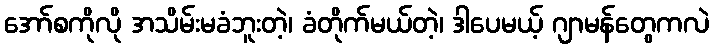
အော်စကိုလို အသိမ်းမခံဘူးတဲ့၊ ခံတိုက်မယ်တဲ့၊ ဒါပေမယ့် ဂျာမန်တွေကလဲ